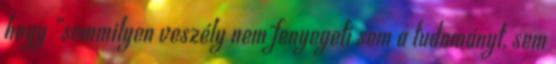
hogy „semmilyen veszély nem fenyegeti sem a tudományt, sem